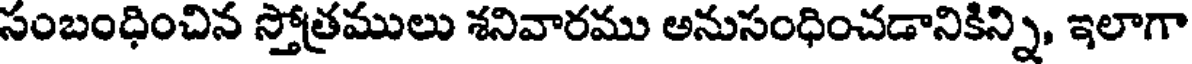
సంబంధించిన స్తోత్రములు శనివారము అనుసంధించడానికిన్ని, ఇలాగా